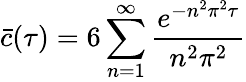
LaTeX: \displaystyle\bar{c}(\tau)=6\sum_{n=1}^{\infty}\frac{e^{-n^{2}\pi^{2}\tau}}{n^{2}\pi^{2}}